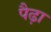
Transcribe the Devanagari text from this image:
पैढ़ा